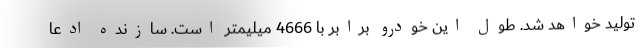
تولید خواهد شد. طول این خودرو برابر با 4666 میلیمتر است. سازنده ادعا